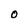
Character: O